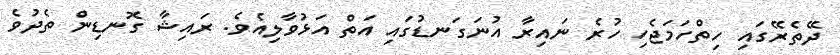
ދޭތެރޭގައި ހިތްހަމަޖެހި ހުރެ ނައިރާ އުނަގަނޑުގައި އަތް އަޅުވާލިއެވެ. ރައިޝާ ގޮނޑިން ތެދުވެ